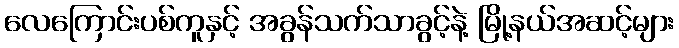
လေကြောင်းပစ်ကူနှင့် အခွန်သက်သာခွင့်နဲ့ မြို့နယ်အဆင့်များ